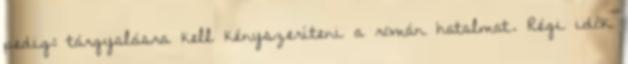
pedig: tárgyalásra kell kényszeríteni a román hatalmat. Régi idõk